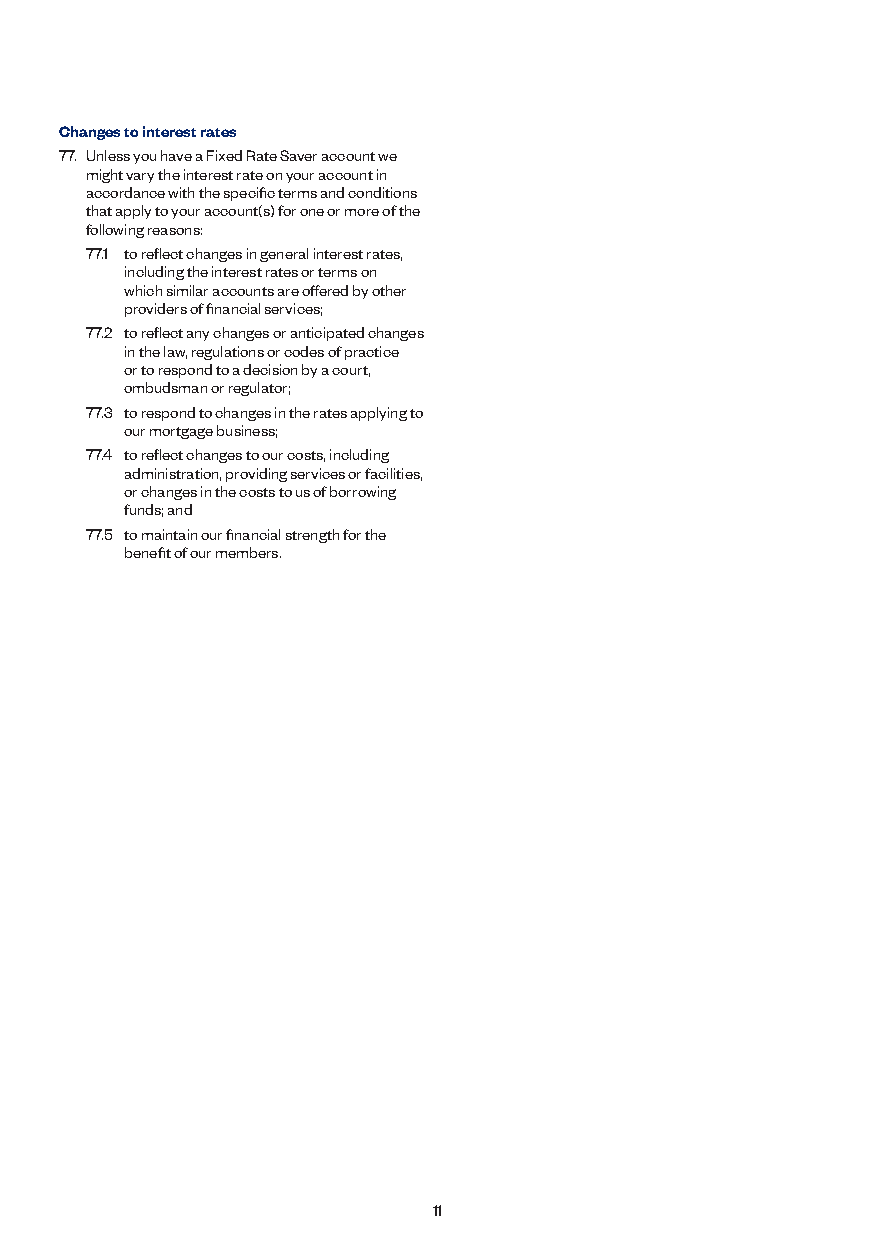
Changes to interest rates
 77. Unless you have a Fixed Rate Saver account we
 might vary the interest rate on your account in
 accordance with the specific terms and conditions
 that apply to your account(s) for one or more of the
 following reasons:
 77.1 to reflect changes in general interest rates,
 including the interest rates or terms on
 which similar accounts are offered by other
 providers of financial services;
 77.2 to reflect any changes or anticipated changes
 in the law, regulations or codes of practice
 or to respond to a decision by a court,
 ombudsman or regulator;
 77.3 to respond to changes in the rates applying to
 our mortgage business;
 77.4 to reflect changes to our costs, including
 administration, providing services or facilities,
 or changes in the costs to us of borrowing
 funds; and
 77.5 to maintain our financial strength for the
 benefit of our members.
 11